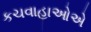
કચવાહાઓએ